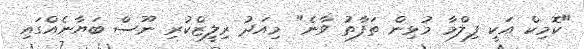
"ކޮމިކް އަކީ ފިލްމާ މުޅިން ތަފާތު ވާނެ" މިއަދު ރިލީޒްކުރި ނޫސް ބަޔާނެއްގައި